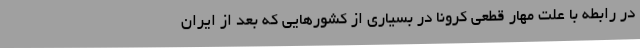
در رابطه با علت مهار قطعی کرونا در بسیاری از کشورهایی که بعد از ایران